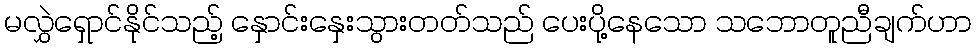
မလွှဲရှောင်နိုင်သည့် နှောင်းနှေးသွားတတ်သည် ပေးပို့နေသော သဘောတူညီချက်ဟာ